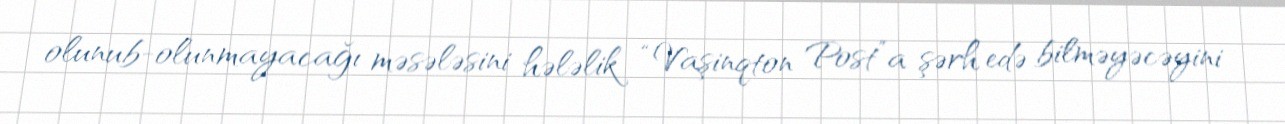
olunub-olunmayacağı məsələsini hələlik “Vaşinqton Post”a şərh edə bilməyəcəyini